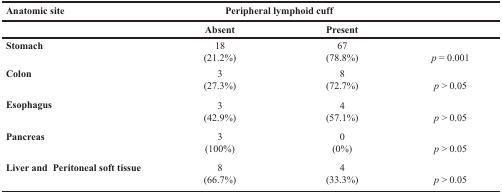
| Anatomic site | <COLSPAN=2> Peripheral lymphoid cuff |  |
 |  | Absent | Present |  |
 | --- | --- | --- | --- |
 | Stomach | 18(21.2%) | 67(78.8%) | p = 0.001 |
 | Colon | 3(27.3%) | 8(72.7%) | p > 0.05 |
 | Esophagus | 3(42.9%) | 4(57.1%) | p > 0.05 |
 | Pancreas | 3(100%) | 0(0%) | p > 0.05 |
 | Liver and Peritoneal soft tissue | 8(66.7%) | 4(33.3%) | p > 0.05 |